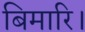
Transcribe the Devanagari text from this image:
बिमारि।